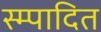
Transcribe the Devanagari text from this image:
स्म्पादित